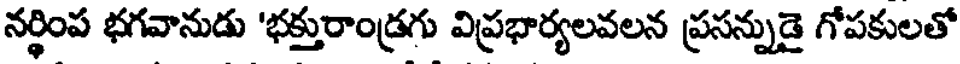
నర్థింప భగవానుడు 'భక్తురాండ్రగు విప్రభార్యలవలన ప్రసన్నుడై గోపకులతో